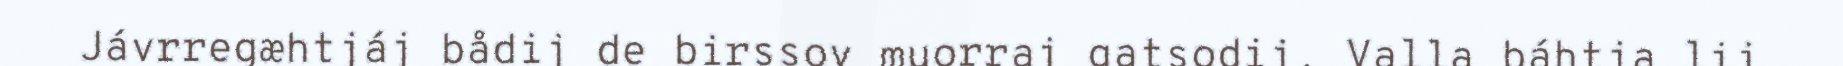
Jávrregæhtjáj bådij de birssov muorraj gatsodij. Valla báhtja lij